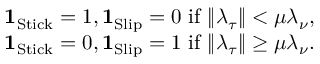
\begin{array} { r l } & { { \mathbf 1 } _ { \mathrm { S t i c k } } = 1 , { \mathbf 1 } _ { \mathrm { S l i p } } = 0 \ \mathrm { i f } \ \| \boldsymbol \lambda _ { \tau } \| < \mu \lambda _ { \nu } , } \\ & { { \mathbf 1 } _ { \mathrm { S t i c k } } = 0 , { \mathbf 1 } _ { \mathrm { S l i p } } = 1 \ \mathrm { i f } \ \| \boldsymbol \lambda _ { \tau } \| \ge \mu \lambda _ { \nu } . } \end{array}